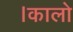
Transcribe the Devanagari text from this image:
।कालो